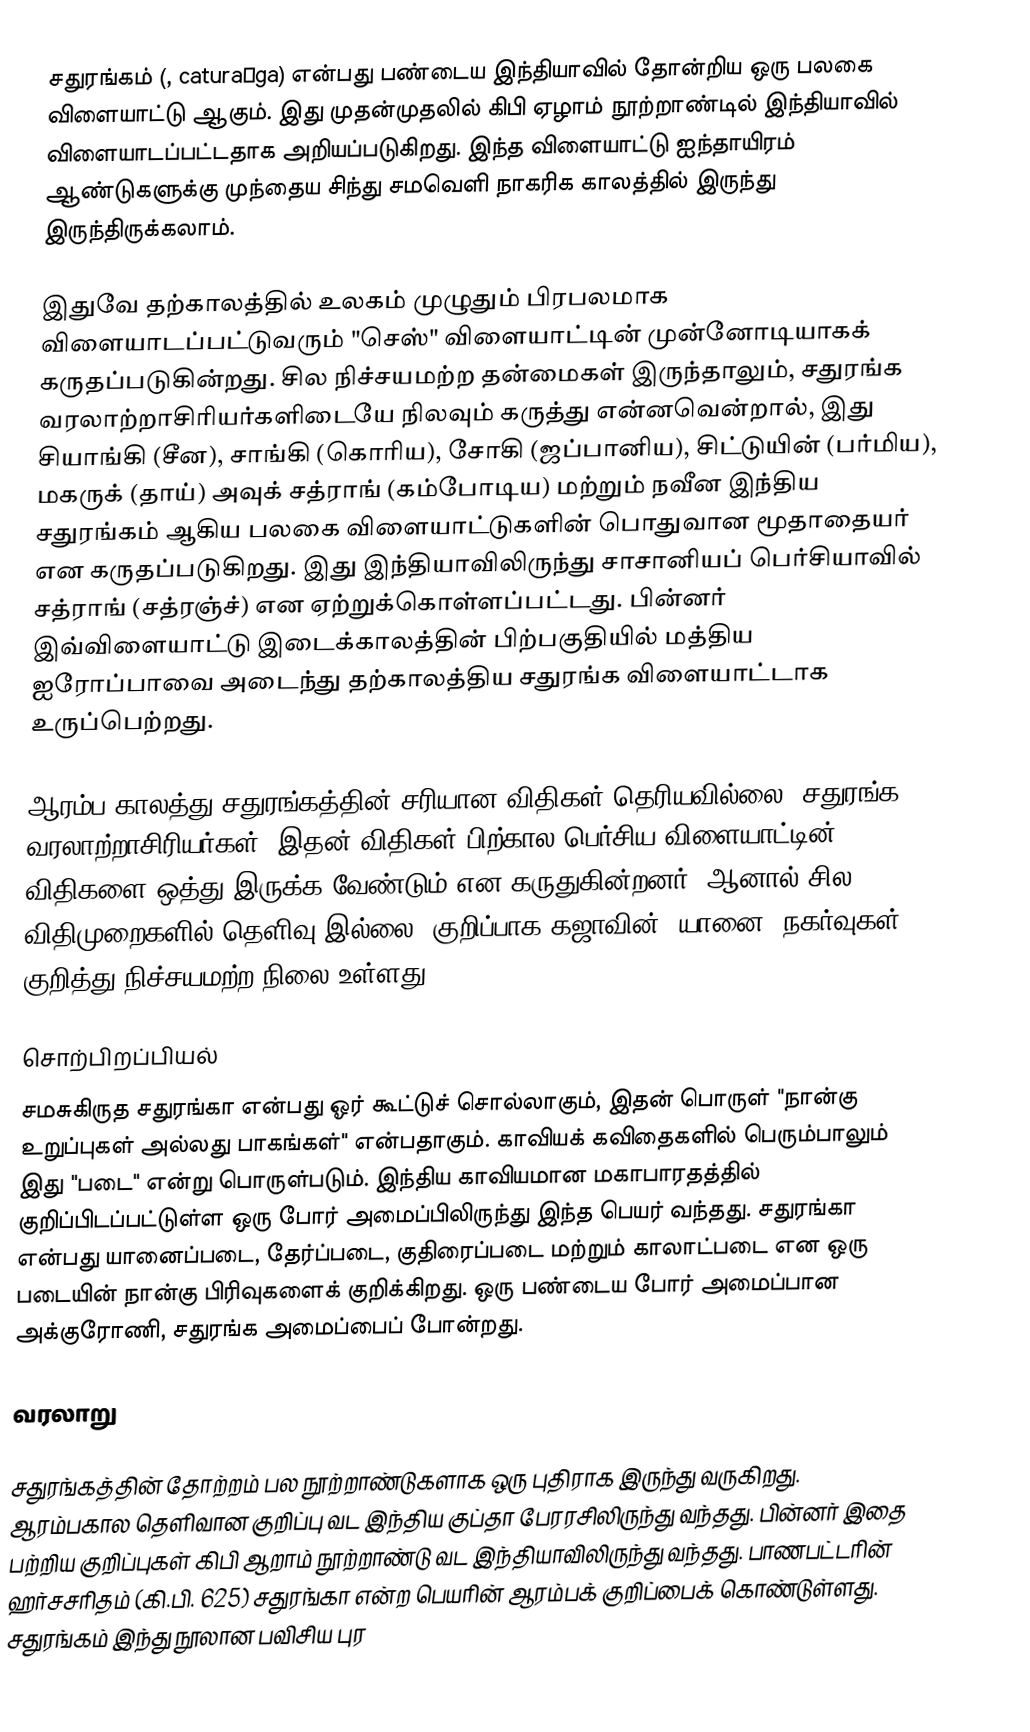
சதுரங்கம் (, caturaṅga) என்பது பண்டைய இந்தியாவில் தோன்றிய ஒரு பலகை விளையாட்டு ஆகும். இது முதன்முதலில் கிபி ஏழாம் நூற்றாண்டில் இந்தியாவில் விளையாடப்பட்டதாக அறியப்படுகிறது. இந்த விளையாட்டு ஐந்தாயிரம் ஆண்டுகளுக்கு முந்தைய  சிந்து சமவெளி நாகரிக காலத்தில் இருந்து இருந்திருக்கலாம்.

இதுவே தற்காலத்தில் உலகம் முழுதும் பிரபலமாக விளையாடப்பட்டுவரும் "செஸ்" விளையாட்டின் முன்னோடியாகக் கருதப்படுகின்றது. சில நிச்சயமற்ற தன்மைகள் இருந்தாலும், சதுரங்க வரலாற்றாசிரியர்களிடையே நிலவும் கருத்து என்னவென்றால், இது சியாங்கி (சீன), சாங்கி (கொரிய), சோகி (ஜப்பானிய), சிட்டுயின் (பர்மிய), மகருக் (தாய்) அவுக் சத்ராங் (கம்போடிய) மற்றும் நவீன இந்திய சதுரங்கம் ஆகிய பலகை விளையாட்டுகளின் பொதுவான மூதாதையர் என கருதப்படுகிறது. இது இந்தியாவிலிருந்து சாசானியப் பெர்சியாவில் சத்ராங் (சத்ரஞ்ச்) என ஏற்றுக்கொள்ளப்பட்டது. பின்னர் இவ்விளையாட்டு இடைக்காலத்தின் பிற்பகுதியில் மத்திய ஐரோப்பாவை அடைந்து தற்காலத்திய சதுரங்க விளையாட்டாக உருப்பெற்றது.

ஆரம்ப காலத்து சதுரங்கத்தின் சரியான விதிகள் தெரியவில்லை. சதுரங்க வரலாற்றாசிரியர்கள், இதன் விதிகள் பிற்கால பெர்சிய விளையாட்டின் விதிகளை ஒத்து இருக்க வேண்டும் என கருதுகின்றனர். ஆனால் சில விதிமுறைகளில் தெளிவு இல்லை, குறிப்பாக கஜாவின் (யானை) நகர்வுகள் குறித்து நிச்சயமற்ற நிலை உள்ளது.

சொற்பிறப்பியல்
சமசுகிருத சதுரங்கா என்பது ஓர் கூட்டுச் சொல்லாகும், இதன் பொருள் "நான்கு உறுப்புகள் அல்லது பாகங்கள்" என்பதாகும். காவியக் கவிதைகளில் பெரும்பாலும் இது "படை" என்று பொருள்படும். இந்திய காவியமான மகாபாரதத்தில் குறிப்பிடப்பட்டுள்ள ஒரு போர் அமைப்பிலிருந்து இந்த பெயர் வந்தது. சதுரங்கா என்பது யானைப்படை, தேர்ப்படை, குதிரைப்படை மற்றும் காலாட்படை என ஒரு படையின் நான்கு பிரிவுகளைக் குறிக்கிறது. ஒரு பண்டைய போர் அமைப்பான அக்குரோணி, சதுரங்க அமைப்பைப் போன்றது.

வரலாறு

சதுரங்கத்தின் தோற்றம் பல நூற்றாண்டுகளாக ஒரு புதிராக இருந்து வருகிறது. ஆரம்பகால தெளிவான குறிப்பு வட இந்திய குப்தா பேரரசிலிருந்து வந்தது. பின்னர் இதை பற்றிய குறிப்புகள் கிபி ஆறாம் நூற்றாண்டு வட இந்தியாவிலிருந்து வந்தது. பாணபட்டரின் ஹர்சசரிதம் (கி.பி. 625) சதுரங்கா என்ற பெயரின் ஆரம்பக் குறிப்பைக் கொண்டுள்ளது. சதுரங்கம் இந்து நூலான பவிசிய புர